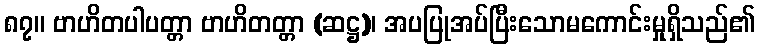
၈၇။ ဗာဟိတပါပတ္တာ ဗာဟိတတ္တာ (ဆဋ္ဌ)၊ အပပြုအပ်ပြီးသောမကောင်းမှုရှိသည်၏